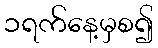
၁ရက်နေ့မှစ၍